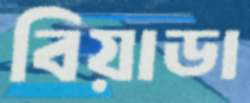
বিয়াডা